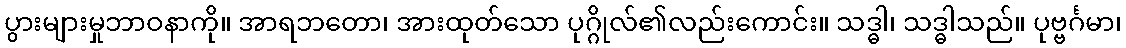
ပွားများမှုဘာဝနာကို။ အာရဘတော၊ အားထုတ်သော ပုဂ္ဂိုလ်၏လည်းကောင်း။ သဒ္ဓါ၊ သဒ္ဓါသည်။ ပုဗ္ဗင်္ဂမာ၊